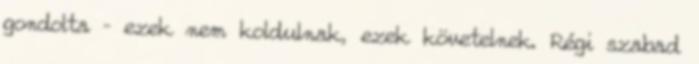
gondolta – ezek nem koldulnak, ezek követelnek. Régi szabad